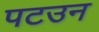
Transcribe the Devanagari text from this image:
पटउन